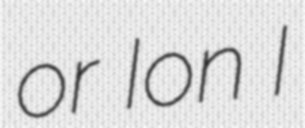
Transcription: or Ion I